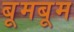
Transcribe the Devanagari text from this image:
बूमबूम